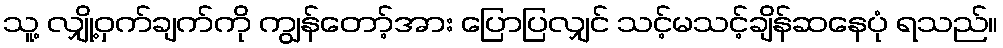
သူ့ လျှို့ဝှက်ချက်ကို ကျွန်တော့်အား ပြောပြလျှင် သင့်မသင့်ချိန်ဆနေပုံ ရသည်။